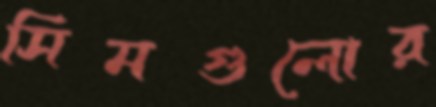
সিমগুলোর